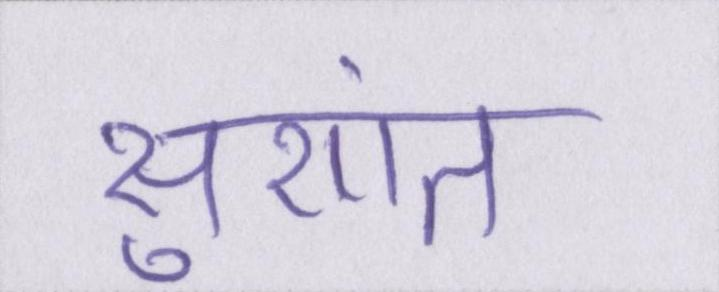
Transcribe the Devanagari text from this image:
सुशांत